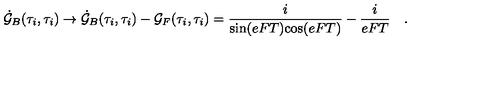
\dot { \cal G } _ { B } ( \tau _ { i } , \tau _ { i } ) \rightarrow \dot { \cal G } _ { B } ( \tau _ { i } , \tau _ { i } ) - { \cal G } _ { F } ( \tau _ { i } , \tau _ { i } ) = { \frac { i } { \mathrm { s i n } ( e F T ) \mathrm { c o s } ( e F T ) } } - { \frac { i } { e F T } } \quad .